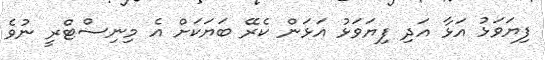
ފިޔަވަޅު އަޅާ އަދި ފިޔަވަޅު އަޅަން ކެރޭ ބަޔަކަށް އެ މިނިސްޓްރީ ނުވެ